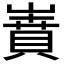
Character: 𡼝